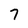
Character: 7